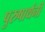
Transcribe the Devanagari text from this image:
पुरुषार्थनी